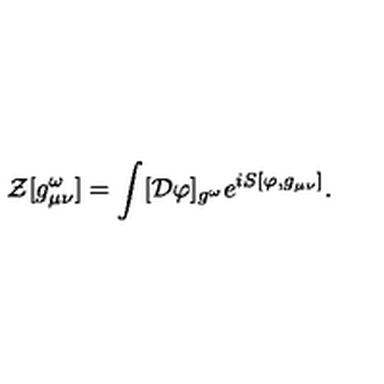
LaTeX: { \mathcal Z } [ g _ { \mu \nu } ^ { \omega } ] = \int [ { \mathcal D } \varphi ] _ { g ^ { \omega } } e ^ { i S [ \varphi , g _ { \mu \nu } ] } .